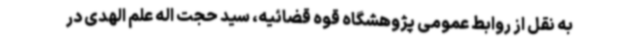
به نقل از روابط عمومی پژوهشگاه قوه قضائیه، سید حجت اله علم الهدی در